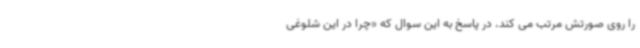
را روی صورتش مرتب می کند. در پاسخ به این سوال که «چرا در این شلوغی